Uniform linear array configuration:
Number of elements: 12
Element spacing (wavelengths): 0.5
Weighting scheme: exponential
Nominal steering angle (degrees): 60
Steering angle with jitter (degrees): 60.114
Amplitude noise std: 0.05
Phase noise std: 0.05

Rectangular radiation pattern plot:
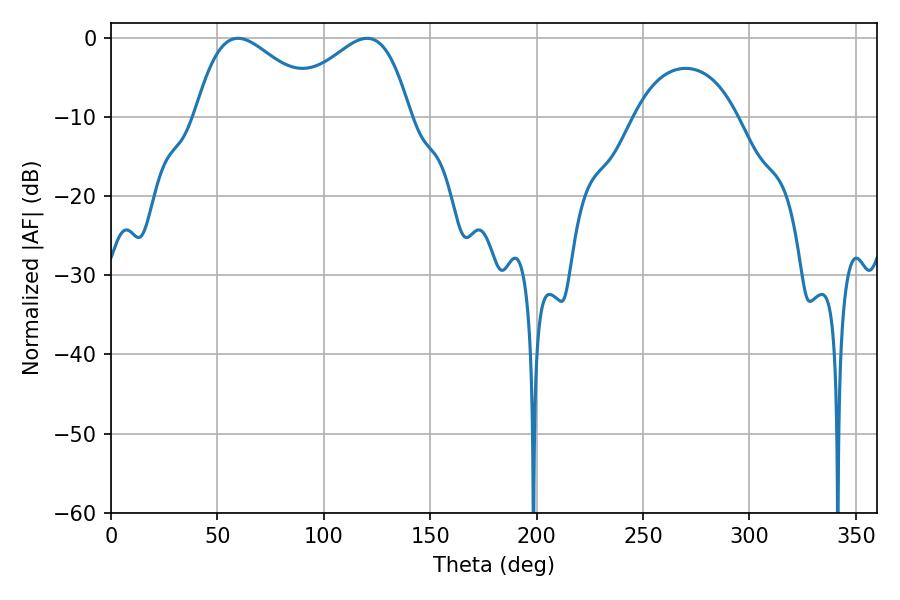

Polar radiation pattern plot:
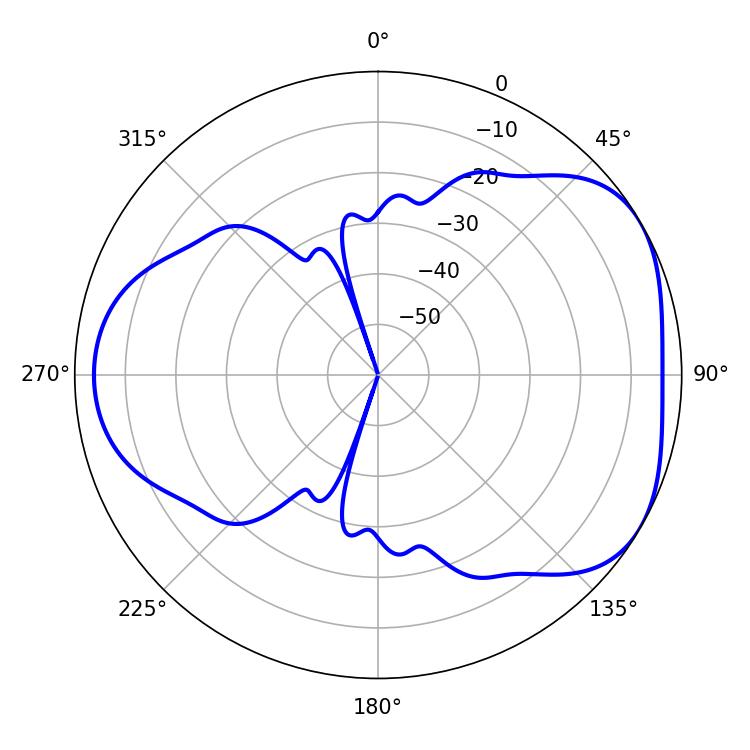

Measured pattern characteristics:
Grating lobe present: FALSE
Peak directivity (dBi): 4.318
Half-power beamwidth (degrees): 32.22
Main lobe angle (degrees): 59.58